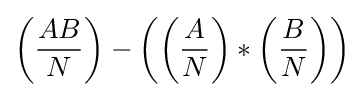
\left({\frac {AB}{N}}\right)-\left(\left({\frac {A}{N}}\right)*\left({\frac {B}{N}}\right)\right)